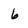
Character: 6